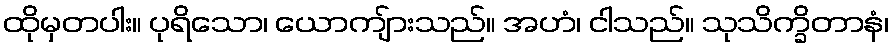
ထိုမှတပါး။ ပုရိသော၊ ယောကျ်ားသည်။ အဟံ၊ ငါသည်။ သုသိက္ခိတာနံ၊